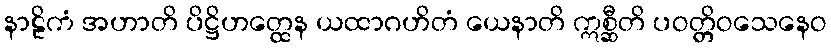
နာဠိကံ အဟာတိ ပိဋ္ဌိဟတ္ထေန ယထာဂဟိတံ ယေနာတိ ဣစ္ဆီတိ ပဝတ္တိဝသေနေဝ